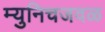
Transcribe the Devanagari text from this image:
म्युनिचजवळ